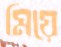
মিয়ে